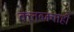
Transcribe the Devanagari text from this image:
क्लब्जचाही